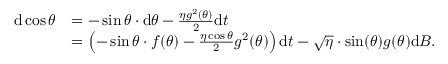
\begin{array} { r l } { \mathrm { d } \cos \theta } & { = - \sin \theta \cdot \mathrm { d } \theta - \frac { \eta g ^ { 2 } ( \theta ) } { 2 } \mathrm { d } t } \\ & { = \left( - \sin \theta \cdot f ( \theta ) - \frac { \eta \cos \theta } { 2 } g ^ { 2 } ( \theta ) \right) \mathrm { d } t - \sqrt { \eta } \cdot \sin ( \theta ) g ( \theta ) \mathrm { d } B . } \end{array}